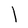
Character: l